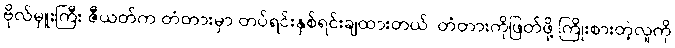
ဗိုလ်မှူးကြီး ဇီယတ်က တံတားမှာ တပ်ရင်းနှစ်ရင်းချထားတယ်၊ တံတားကိုဖြတ်ဖို့ ကြိုးစားတဲ့လူကို